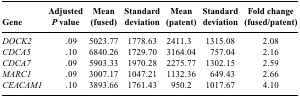
<table><thead><tr><td><b>Gene</b></td><td><b>Adjusted <i>P</i> value</b></td><td><b>Mean (fused)</b></td><td><b>Standard deviation</b></td><td><b>Mean (patent)</b></td><td><b>Standard deviation</b></td><td><b>Fold change (fused/patent)</b></td></tr></thead><tbody><tr><td><i>DOCK2</i></td><td>.09</td><td>5023.77</td><td>1778.63</td><td>2411.3</td><td>1315.08</td><td>2.08</td></tr><tr><td><i>CDCA5</i></td><td>.10</td><td>6840.26</td><td>1729.70</td><td>3164.04</td><td>757.04</td><td>2.16</td></tr><tr><td><i>CDCA7</i></td><td>.09</td><td>5903.33</td><td>1970.28</td><td>2275.77</td><td>1302.15</td><td>2.59</td></tr><tr><td><i>MARC1</i></td><td>.09</td><td>3007.17</td><td>1047.21</td><td>1132.36</td><td>649.43</td><td>2.66</td></tr><tr><td><i>CEACAM1</i></td><td>.10</td><td>3893.66</td><td>1761.43</td><td>950.2</td><td>1017.67</td><td>4.10</td></tr></tbody></table>